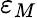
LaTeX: \varepsilon_{M}